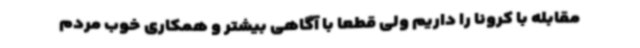
مقابله با کرونا را داریم ولی قطعاً با آگاهی بیشتر و همکاری خوب مردم